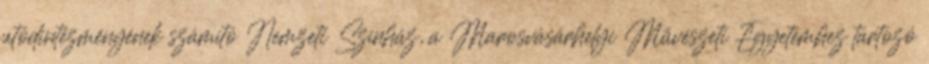
utódintézményének számító Nemzeti Színház, a Marosvásárhelyi Művészeti Egyetemhez tartozó